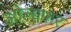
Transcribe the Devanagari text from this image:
ओलाफर